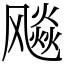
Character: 飚